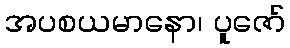
အပစယမာနော၊ ပူဇော်